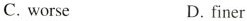
C. worse D. finer